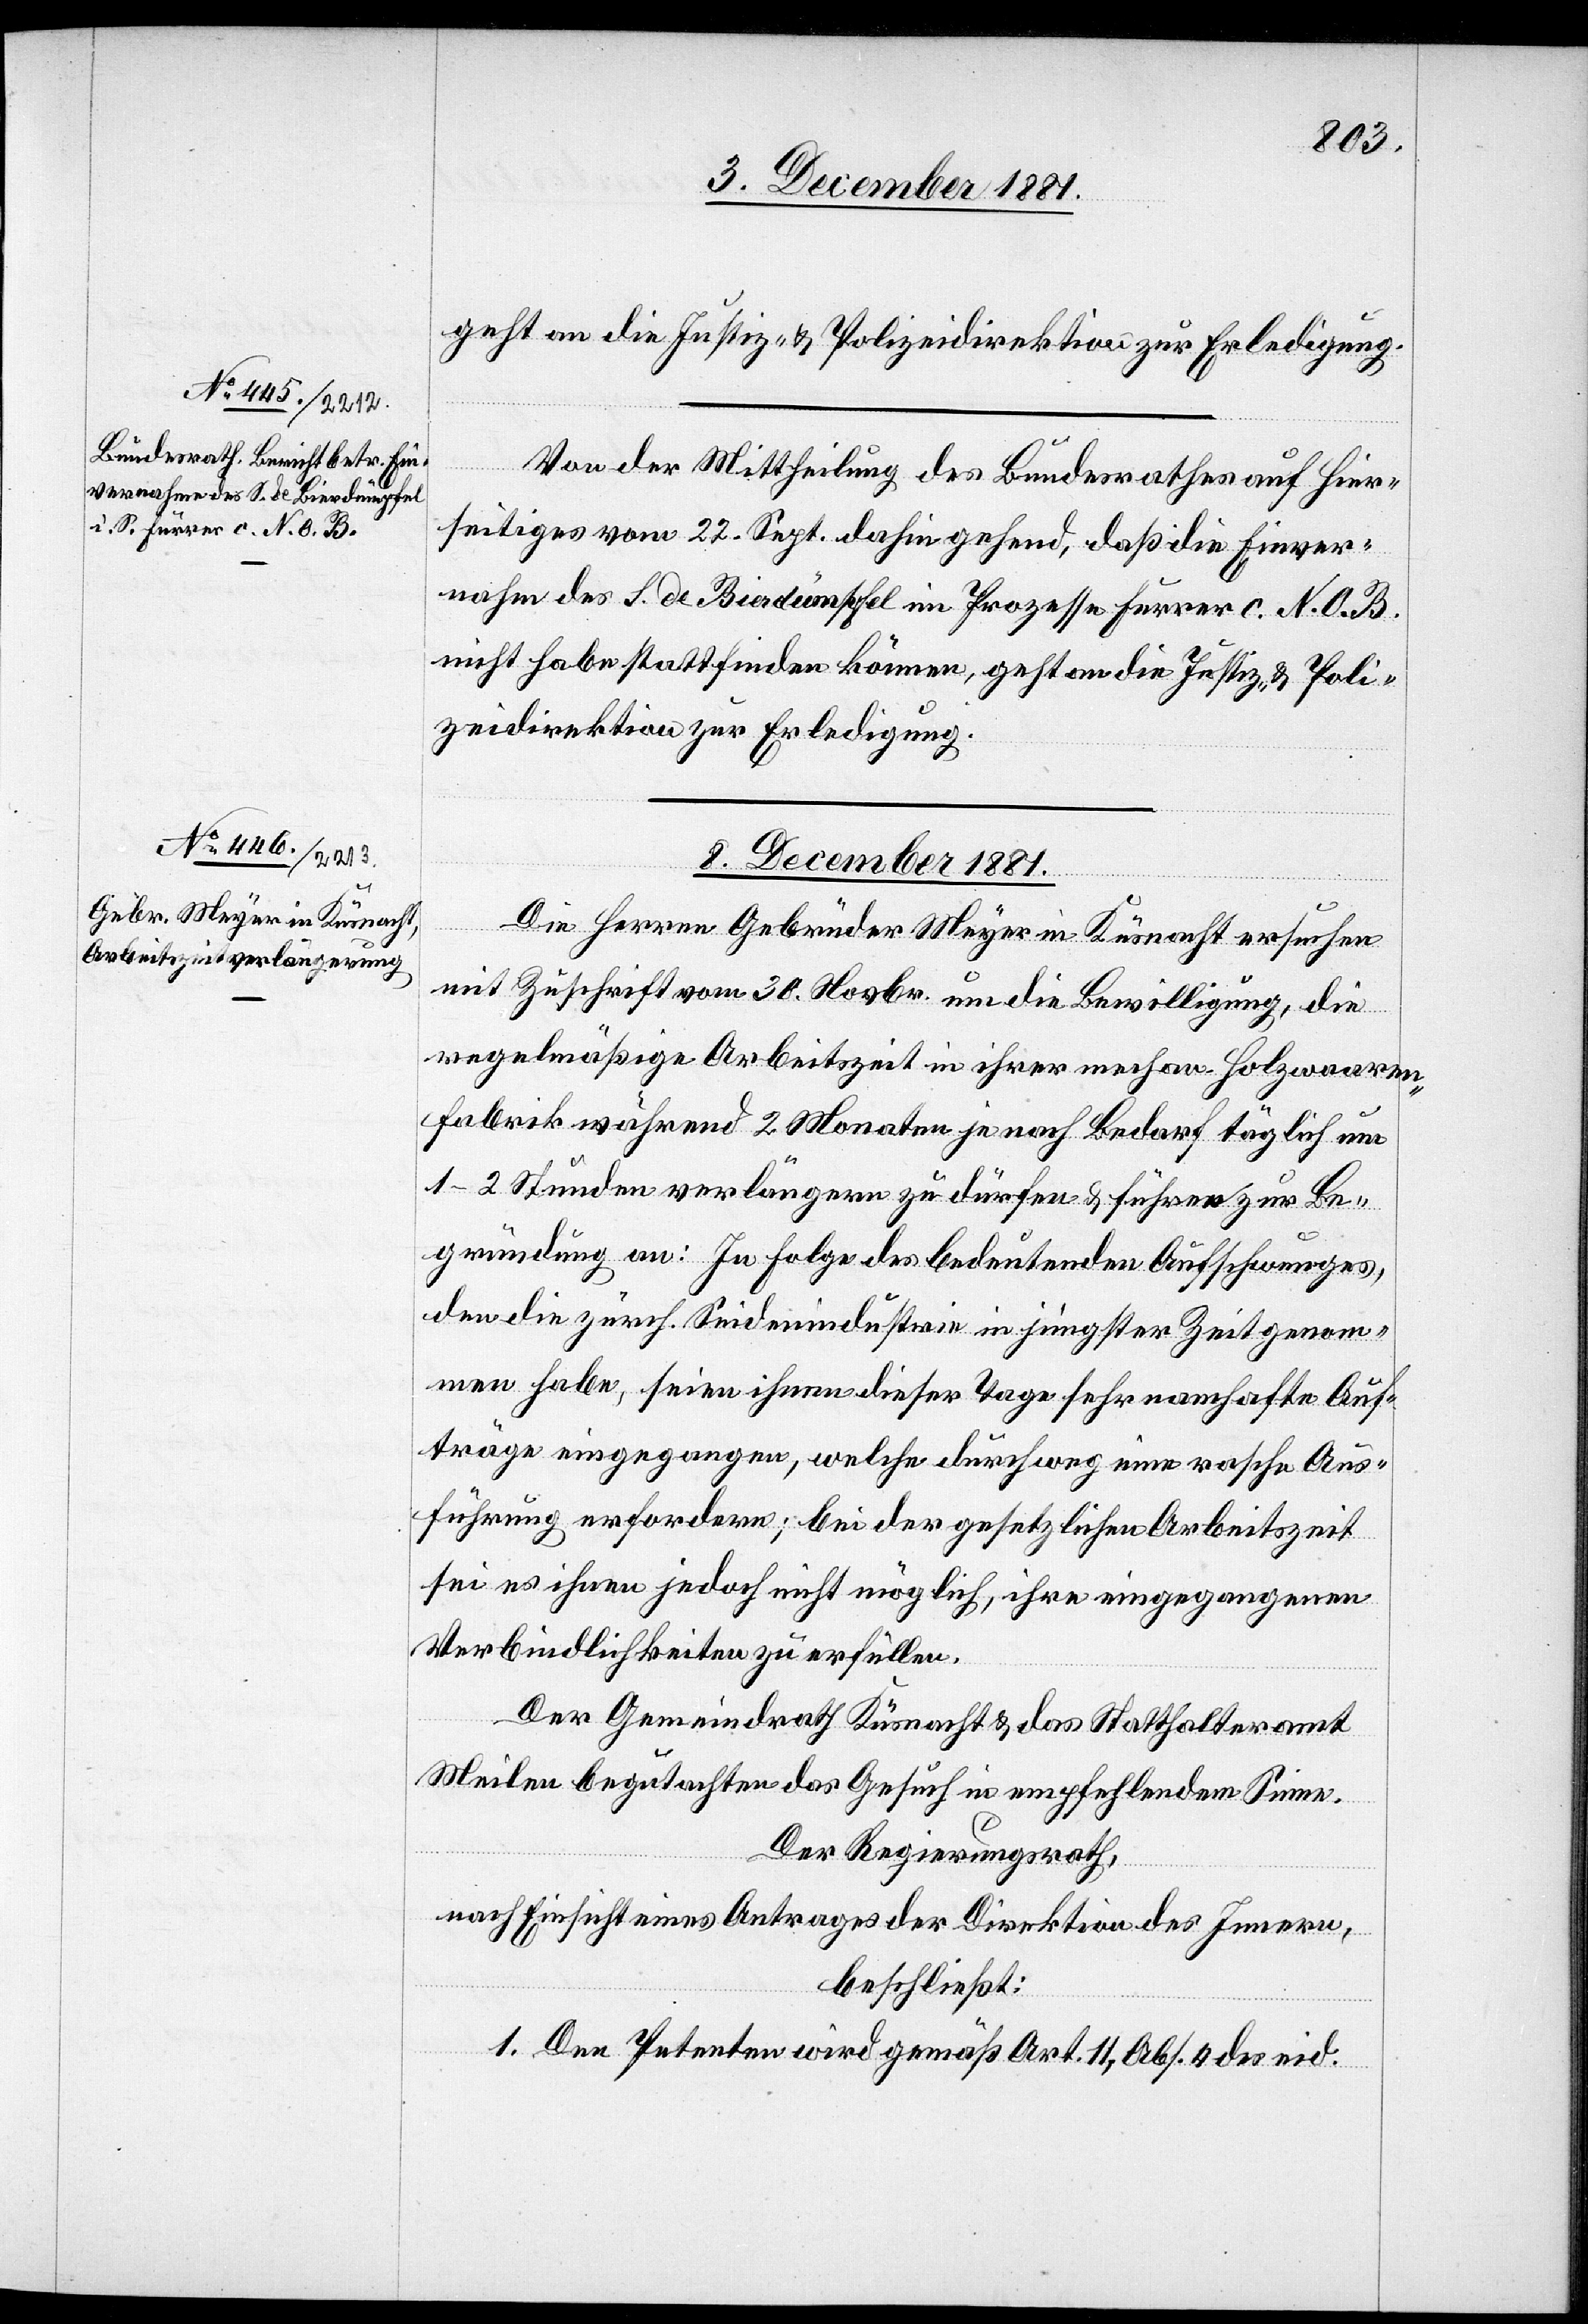
geht an die Justiz- & Polizeidirektion zur Erledigung.
Von der Mittheilung des Bundesrathes auf Hier¬
seitiges vom 27. Sept. dahin gehend, daß die Einver¬
nahme des S. de Bierdümpfel im Prozesse Furrer c. N. O. B.
nicht habe stattfinden können, geht an die Justiz- & Poli¬
zeidirektion zur Erledigung.
8. December 1881.
Die Herren Gebrüder Meyer in Küsnacht ersuchen
mit Zuschrift vom 30. Novbr. um die Bewilligung, die
regelmäßige Arbeitszeit in ihrer mechan. Holzwaaren¬
fabrik während 2 Monaten je nach Bedarf täglich um
1–2 Stunden verlängern zu dürfen & führen zur Be¬
gründung an: In Folge des bedeutenden Aufschwunges,
den die zürch. Seidenindustrie in jüngster Zeit genom¬
men habe, seien ihnen dieser Tage sehr namhafte Auf¬
träge eingegangen, welche durchweg eine rasche Aus¬
führung erfordern; bei der gesetzlichen Arbeitszeit
sei es ihnen jedoch nicht möglich, ihre eingegangenen
Verbindlichkeiten zu erfüllen.
Der Gemeindrath Küsnacht & das Statthalteramt
Meilen begutachten das Gesuch in empfehlendem Sinne.
Der Regierungsrath,
nach Einsicht eines Antrages der Direktion des Innern,
beschließt:
1. Den Petenten wird gemäß Art. 11, Abs. 4 des eid.